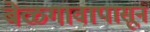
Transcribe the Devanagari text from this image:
बेळगावापासून